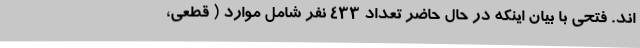
اند. فتحی با بیان اینکه در حال حاضر تعداد 433 نفر شامل موارد ( قطعی،